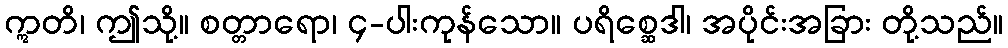
ဣတိ၊ ဤသို့။ စတ္တာရော၊ ၄-ပါးကုန်သော။ ပရိစ္ဆေဒါ၊ အပိုင်းအခြား တို့သည်။